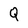
Character: Q